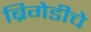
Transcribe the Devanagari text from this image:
ब्रिगेडीचे